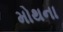
મોથના